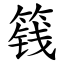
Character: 篯